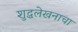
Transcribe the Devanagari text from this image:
शुद्धलेखनाचा